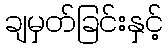
ချမှတ်ခြင်းနှင့်